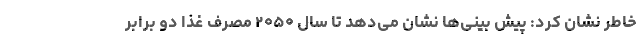
خاطر نشان کرد: پیش بینی‌ها نشان می‌دهد تا سال ۲۰۵۰ مصرف غذا دو برابر